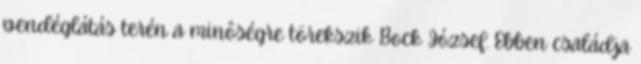
vendéglátás terén a minôségre törekszik Bock József. Ebben családja